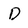
Character: D